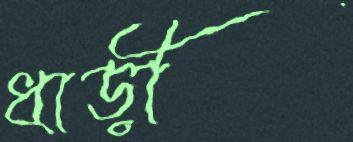
ধাড়ী